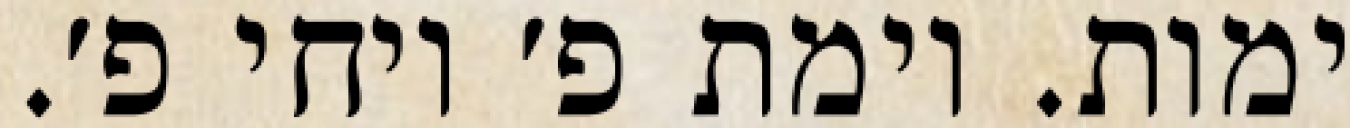
ימות. וימת פ׳ ויחי פ׳.